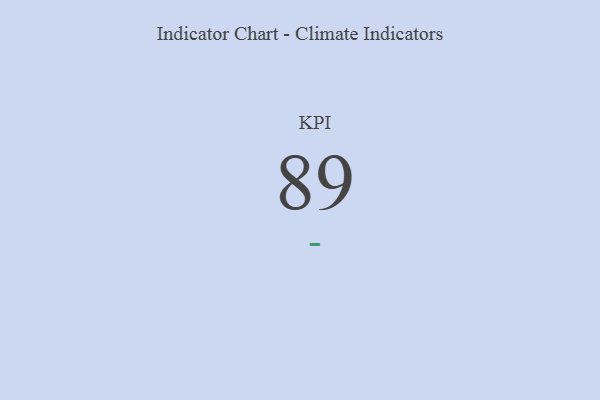
{"axis": {"x": "KPI", "y": "Value"}, "legend": [""], "data": [{"x": "KPI", "y": 89, "type": ""}]}